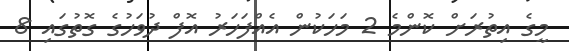
މީގެ އިތުރަށް ކޮންމެ 2 މަހަކުން އެއްފަހަރު އޮފް ދުވަހުގެ ގޮތުގައި 8